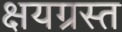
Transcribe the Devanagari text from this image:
क्षयग्रस्त